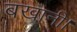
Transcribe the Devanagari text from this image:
बखानी।